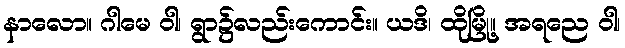
နာလော။ ဂါမေ ဝါ၊ ရွာ၌လည်းကောင်း။ ယဒိ၊ ထိုမြို့။ အရညေ ဝါ၊